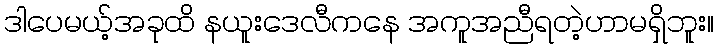
ဒါပေမယ့်အခုထိ နယူးဒေလီကနေ အကူအညီရတဲ့ဟာမရှိဘူး။